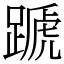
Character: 蹏